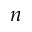
n